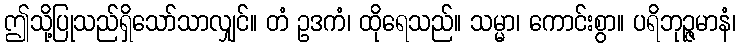
ဤသို့ပြုသည်ရှိသော်သာလျှင်။ တံ ဥဒကံ၊ ထိုရေသည်။ သမ္မာ၊ ကောင်းစွာ။ ပရိဘုဉ္ဇမာနံ၊